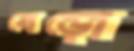
বেড়ো